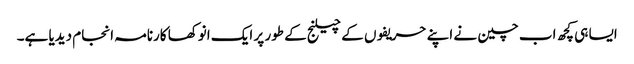
ایسا ہی کچھ اب چین نے اپنے حریفوں کے چیلنج کے طور پر ایک انوکھا کارنامہ انجام دیدیا ہے۔